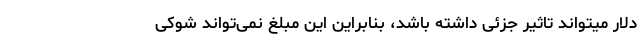
دلار میتواند تاثیر جزئی داشته باشد، بنابراین این مبلغ نمی‌تواند شوکی